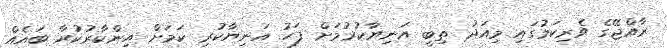
ރާއްޖޭގެ ވެރިކަމުގައި މިއަދު ތިބީ އަނިޔާކުރުމަށް ފަހު އަނިޔާކުރި ކަމަށް އިންކާރުކުރާ ބައެއް